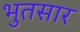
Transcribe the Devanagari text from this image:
भुतसार